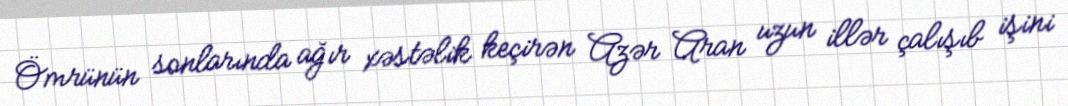
Ömrünün sonlarında ağır xəstəlik keçirən Azər Aran uzun illər çalışıb işini